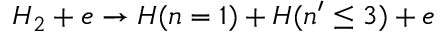
H _ { 2 } + e \rightarrow H ( n = 1 ) + H ( n ^ { \prime } \leq 3 ) + e